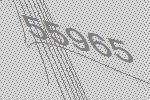
55965